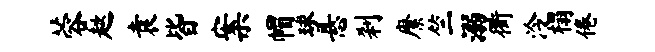
蓉趑袁皆案帽球悬刹縻竺溺衢泠榻倦